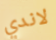
لاندي